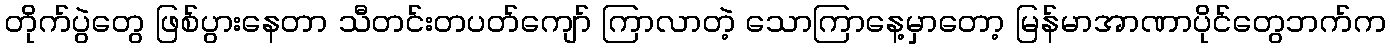
တိုက်ပွဲတွေ ဖြစ်ပွားနေတာ သီတင်းတပတ်ကျော် ကြာလာတဲ့ သောကြာနေ့မှာတော့ မြန်မာအာဏာပိုင်တွေဘက်က